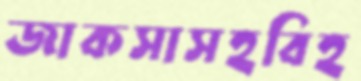
জাকসাসহবিহ